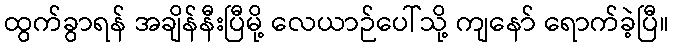
ထွက်ခွာရန် အချိန်နီးပြီမို့ လေယာဉ်ပေါ်သို့ ကျနော် ရောက်ခဲ့ပြီ။